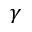
\gamma